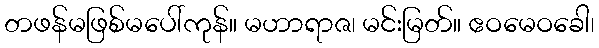
တဖန်မဖြစ်မပေါ်ကုန်။ မဟာရာဇ၊ မင်းမြတ်။ ဧဝမေဝခေါ၊